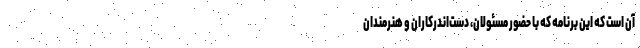
آن است که این برنامه که با حضور مسئولان، دست‌اندرکاران و هنرمندان